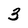
Character: 3